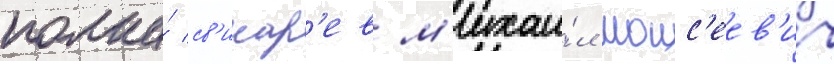
полка́ св'инар'ев м'ихаи́л моис'еев'ич